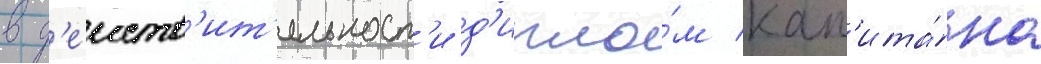
в д'еиств'ит'ельност'и д'ипло́м кап'ита́на